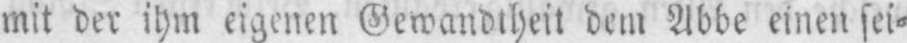
mit der ihm eigenen Gewandtheit dem Abbe einen sei⸗